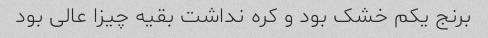
برنج یکم خشک بود و کره نداشت بقیه چیزا عالی بود